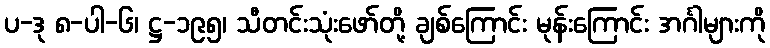
ပ-ဒု ၈-ပါ-၆၊ ဋ္ဌ-၁၉၅၊ သီတင်းသုံးဖော်တို့ ချစ်ကြောင်း မုန်းကြောင်း အင်္ဂါများကို